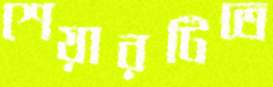
শেয়ারটিতে